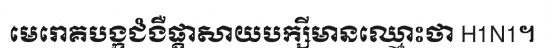
មេរោគបង្កជំងឺផ្តាសាយបក្សីមានឈ្មោះថា H1N1។